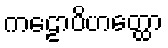
ကဠောပိဟတ္ထော